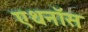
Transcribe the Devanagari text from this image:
एथनॉस